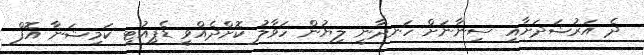
ދެ އަރުޝަދަށާއި ސިނާނަށް ހަނދާނީ ލިޔުން ހަވާލު ކޮށްދެއްވީ ޑެޕިއުޓީ ކަމިޝަނާ އޮފް